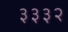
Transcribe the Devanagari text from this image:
३३३२